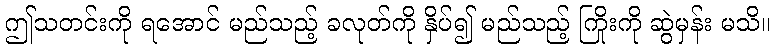
ဤသတင်းကို ရအောင် မည်သည့် ခလုတ်ကို နှိပ်၍ မည်သည့် ကြိုးကို ဆွဲမှန်း မသိ။